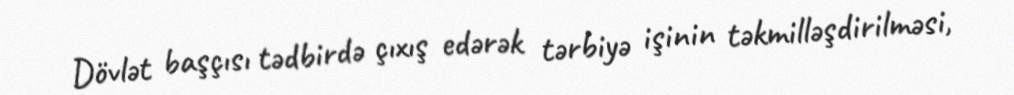
Dövlət başçısı tədbirdə çıxış edərək tərbiyə işinin təkmilləşdirilməsi,